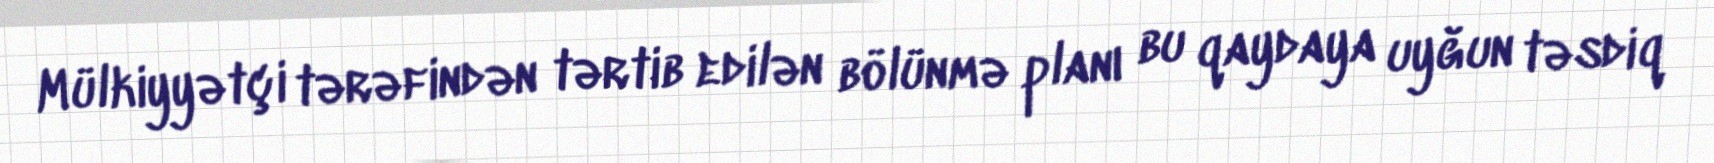
Mülkiyyətçi tərəfindən tərtib edilən bölünmə planı bu qaydaya uyğun təsdiq